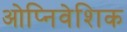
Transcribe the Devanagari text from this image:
ओप्निवेशिक